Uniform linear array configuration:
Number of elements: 64
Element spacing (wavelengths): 1
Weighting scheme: kaiser
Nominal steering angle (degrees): -30
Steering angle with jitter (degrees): -29.411
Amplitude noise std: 0.05
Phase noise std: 0.05

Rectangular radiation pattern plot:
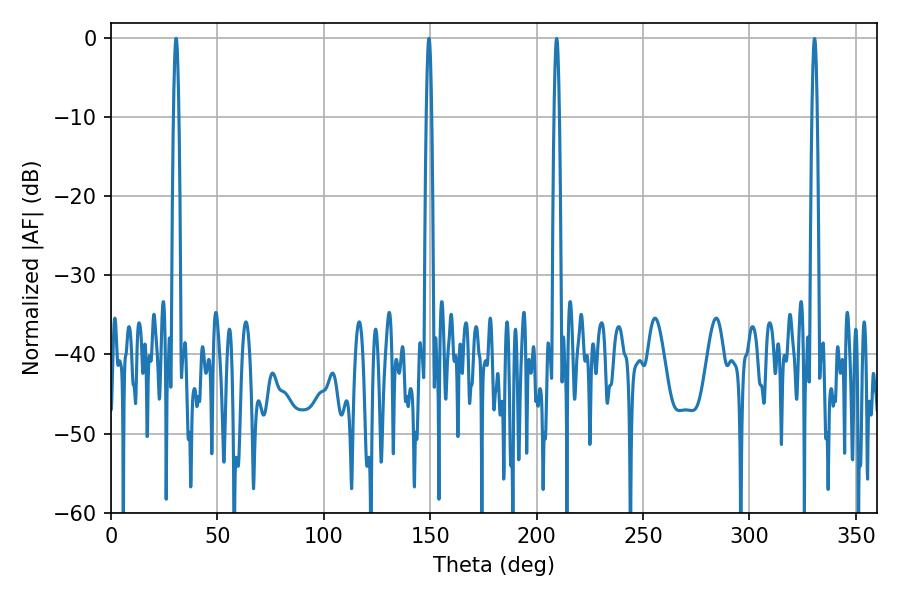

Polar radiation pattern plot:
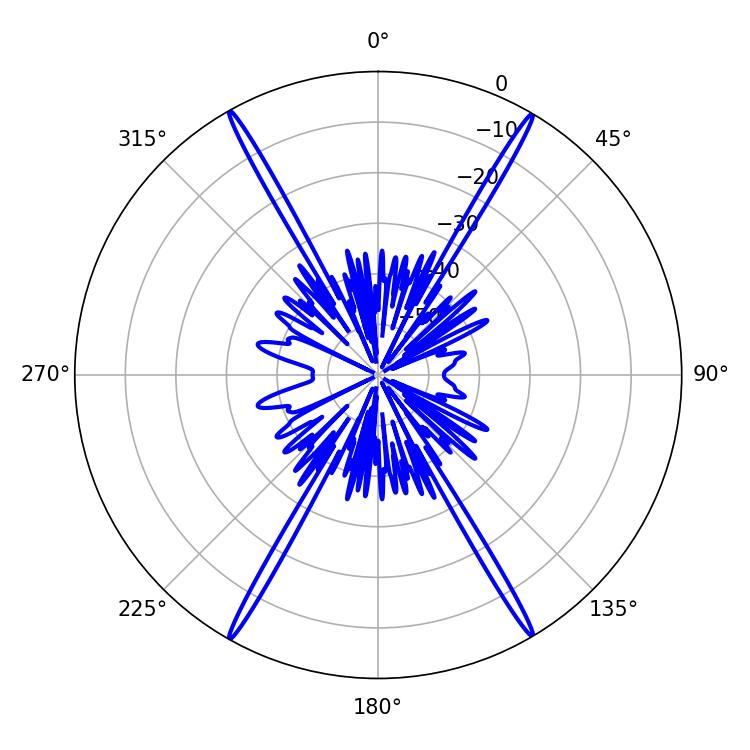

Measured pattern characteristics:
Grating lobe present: TRUE
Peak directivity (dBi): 32.131
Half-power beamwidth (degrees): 1.44
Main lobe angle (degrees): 30.6